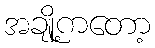
အချို့ကတော့